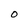
Character: O